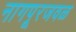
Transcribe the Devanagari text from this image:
नागपूरजवळ